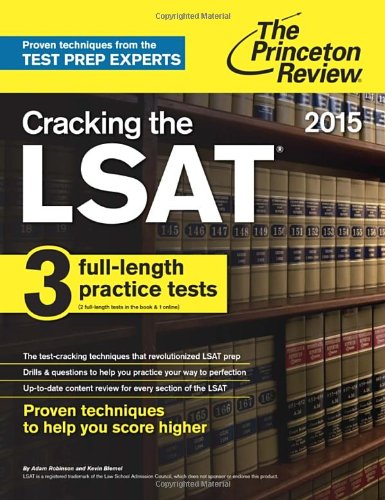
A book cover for Cracking the LSAT with 3 Practice Tests, 2015 Edition (Graduate School Test Preparation); Princeton Review; Test Preparation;